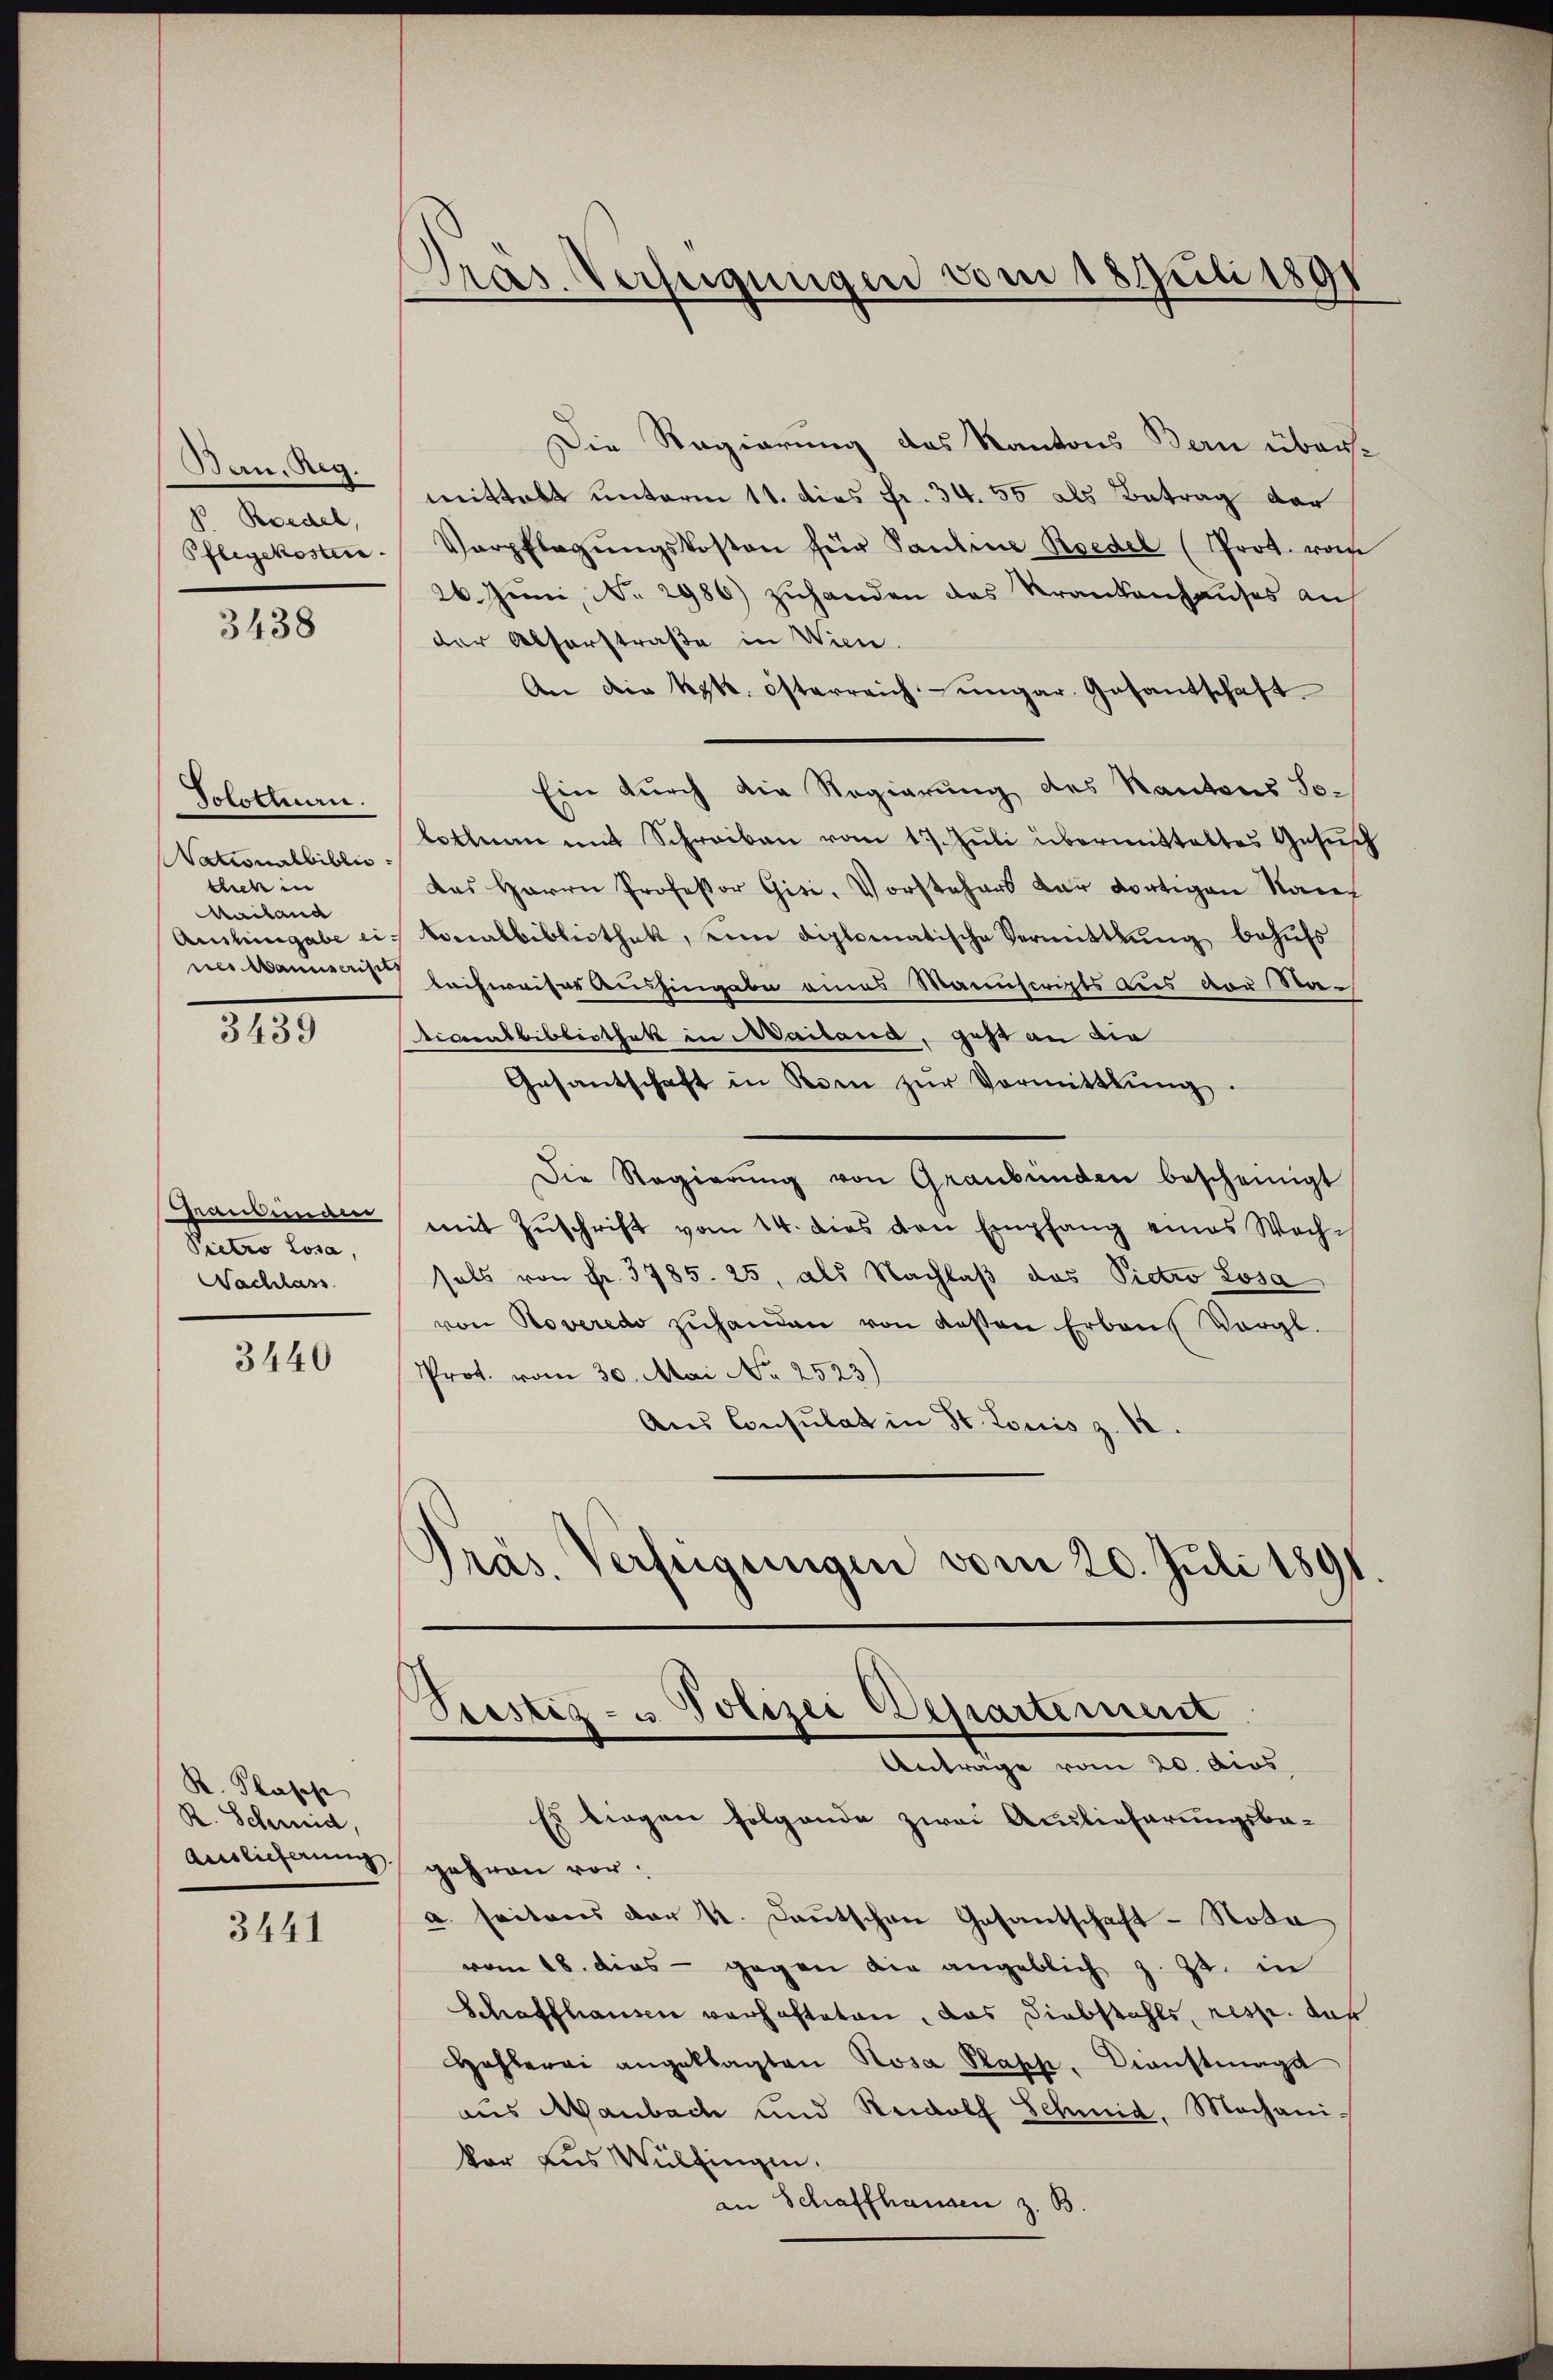
Bau, Reg.
 Roedel,

3438

Solothurn.
NNationalbiblio
tlich in
Mailand
nes Manuscript

3439

Pietro Losa,
Nachlass

3440

R. Plasch
R. Schmid,
Auslieferung

3441

Pras. Verfügungen vom 18 Juli 1891

Die Regierung des Kantons Bern übermittalt unterm 11. dies Fr. 34. 55 als Betrag dar
Pflegekosten. Verpflegŭngskosten für Pauline Roedel (Prot. vom
26. Juni, No. 2986) zuhanden das Krankenhauses an
der Absorstraße in Wien.
An die kk. österreich ungar. Gesantschaft
Ein durch die Regierung des Kantons Solethan mit Schreiben vom 17. Juli übermittaltes Gesuch
das Herrn Professor Gisi, Vorstehers der dortigen Nac
Aushingabe ein sonalbibliothek, um diplomatische Vermittlung behufs
leihweiser Aushingabe eines Manuscripts des vor Naticocalbibliothek in Mailand, gast an die
Gesantschaft in Rom zŭr Vormittlung.
Die Regierŭng von Graubünden bescheinigt
Graubünden mit Zuschrift vom 14. dies den Empfang eines Wechsals von Fr. 3785. 25, als Nachlaß das Pietro Losa
von Roveredo zuhanden von dessen Erbaus Vergl.
Prot. vom 30. Mai No 2523)
Aus Consulat in St. Louis z. 12.
Präs. Verfeigungen vom 20. Juli 1891.

s
Prestig- u. Polizei Departement
Anträge vom 20. dios

Es liegen folgende zwei Auslieferungsba-
gehren vor.
u. seitens der 4. Deutschen Gesantschaft - Soda
vom 18. dies - gegen die angeblich z. Zt. in
Schaffhausen verhafteten, das Diebstahls, resp. das
Hohler angeklagten Rosa Plapp. Dienstmagd
aus Manbach und Rudolf Schmid, Mochani¬
Vor aus Wülfingen.
an Schaffhausen z. B.